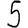
Digit: 5